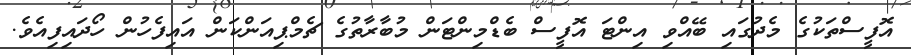
އޮފީސްތަކުގެ މެދުގައި ބޭއްވި އިންޓަ އޮފީސް ބެޑްމިންޓަން މުބާރާތުގެ ޗެމްޕިއަންކަން އައިފެހުން ހޯދައިފިއެވެ.